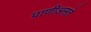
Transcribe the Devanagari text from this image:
पाणीअसते